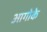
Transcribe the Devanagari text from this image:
आगोके